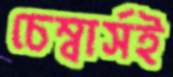
চেম্বার্সই